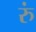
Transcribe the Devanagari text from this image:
रुं